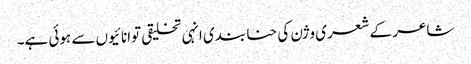
شاعر کے شعری وژن کی حنا بندی انہی تخلیقی توانائیوں سے ہوئی ہے۔